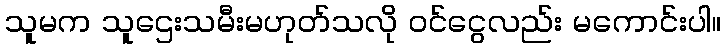
သူမက သူဌေးသမီးမဟုတ်သလို ဝင်ငွေလည်း မကောင်းပါ။